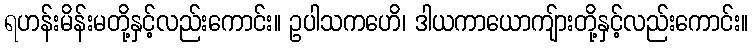
ရဟန်းမိန်းမတို့နှင့်လည်းကောင်း။ ဥပါသကဟေိ၊ ဒါယကာယောကျ်ားတို့နှင့်လည်းကောင်း။